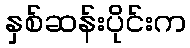
နှစ်ဆန်းပိုင်းက